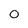
Character: 0